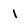
Character: 1